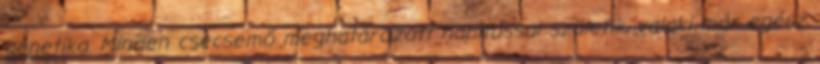
genetika. Minden csecsemő meghatározott habitussal születik, valaki már egész